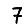
Digit: 7